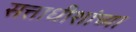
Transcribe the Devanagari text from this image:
सत्ताधीशांच्या